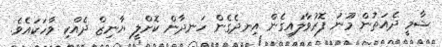
ޝާމީ ދެއަތުން މޫނު ފޮރުވާލައިގެން އިނދެގެން ހަނދާން ކޮށްލީ ޔާނިޒް ދެއްކި ވާހަކައެވެ.